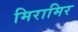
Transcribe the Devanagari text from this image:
मिरामिर